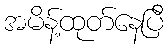
အမိန့်ထုတ်နေပြီ